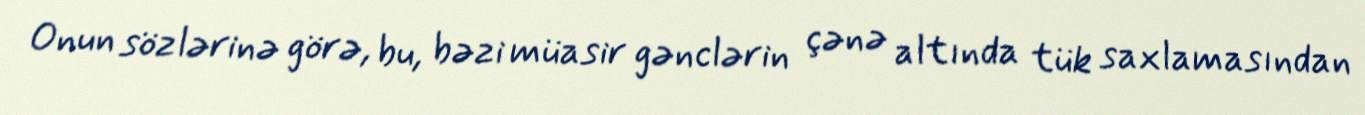
Onun sözlərinə görə, bu, bəzi müasir gənclərin çənə altında tük saxlamasından